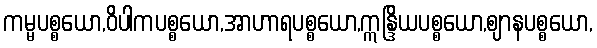
ကမ္မပစ္စယော,ဝိပါကပစ္စယော,အာဟာရပစ္စယော,ဣန္ဒြိယပစ္စယော,ဈာနပစ္စယော,